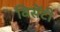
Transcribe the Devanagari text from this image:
विसेंटी